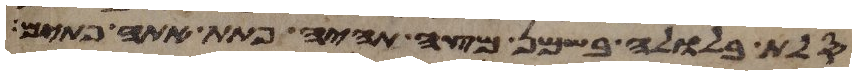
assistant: סלת בלולה בשמן מצה תהיה פתת אתה פתים